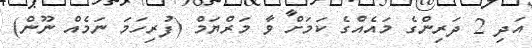
އަދި 2 ދަރިންގެ މައެއްގެ ކަމަށް ވާ މަރްޔަމް (ފުރިހަމަ ނަމެއް ނޫން)